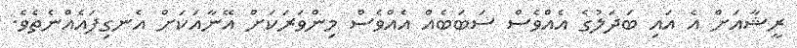
ރީޝާއަށް އެ އައި ބަދަލުގެ އެއްވެސް ސަބަބެއް އެއްވެސް މިންވަރަކަށް އޭނާއަކަަށް އެނގިފައެއްނެތެވެ.